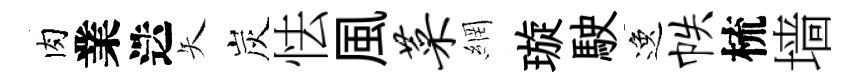
肉業迭矢炭怯風菜網璇駛逸帙梳墙